Report of the Bombay Veterinary College
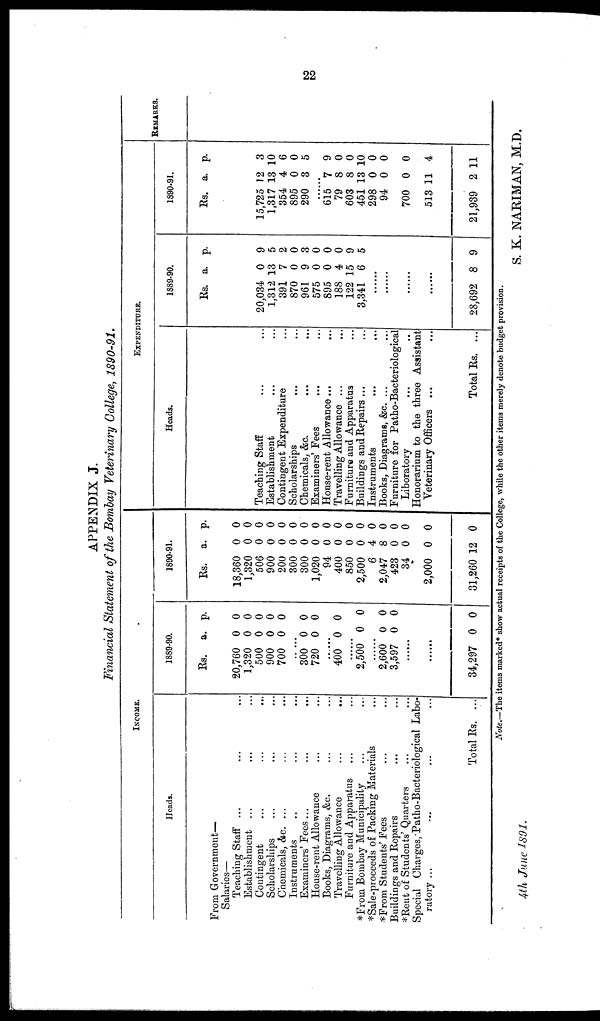
22
APPENDIX J.
Financial Statement of the Bombay Veterinary College, 1890-91.
INCOME.
Heads.
From Government—
Salaries—
Teaching Staff ... ... ...
Establishment ... ... ...
Contingent ... ... ...
Scholarships ... ... ...
Chemicals, &c. ... ... ...
Instruments ... ... ...
Examiners' Fees ...
...
...
House-rent Allowance ... ... ...
Books, Diagrams, &c. ... ... ...
Travelling Allowance
...
...
Furniture and Apparatus ... ...
*From Bombay Municipality ... ...
*Sale-proceeds of Packing Materials ...
*From Students' Fees ... ...
Buildings and Repairs ... ...
*Rent of Students' Quarters ... ...
Special Charges, Patho-Bacteriological Labo-
ratory ... ... ... ...
Total Rs. ...
1889-90.
Rs.
20,760
1,320
500
900
700
a.
0
0
0
0
0
p.
0
0
0
0
0
300
720
0
0
0
0
......
400 0
0
......
2,500 0
0
2,600
3,597
0
0
0
0
.......
......
34,297
0
0
1890-91.
Rs.
18,360
1,320
506
900
200
300
300
1,020
94
400
850
2,500
6
2,047
423
34
2,000
31,260
a.
0
0
0
0
0
0
0
0
0
0
0
0
4
8
0
0
0
12
p.
0
0
0
0
0
0
0
0
0
0
0
0
0
0
0
0
0
0
EXPENDITURE.
Heads.
Teaching Staff ...
Establishment ...
Contingent Expenditure
Scholarships ...
Chemicals, &c. ...
Examiners' Fees
...
House-rent Allowance...
Travelling Allowance ...
Furniture and Apparatus
Buildings and Repairs ...
Instruments
...
Books, Diagrams, &c. ...
...
...
...
...
...
...
...
...
...
...
...
...
Furniture for Patho-Bacteriological
Liboratory ...
Honorarium to the three
Veterinary Officers ...
...
Assistant
...
Total Rs. ...
1889-90.
Rs.
20,034
1,312
391
870
961
575
895
188
122
3,341
a.
0
13
7
0
9
0
0
4
15
6
p.
9
5
2
0
3
0
0
0
9
5
.......
.......
.......
.......
28,692 8 9
1890-91.
Rs.
15,725
1,317
354
895
290
......
615
79
603
451
298
94
700
513
21,939
a.
12
13
4
0
3
7
8
8
13
0
0
0
11
2
p.
3
10
6
0
5
9
0
0
10
0
0
0
4
11
REMARKS.
Note.—The items marked* show actual receipts of the College, while the other items merely denote budget provision.
4th June 1891.
S. K. NARIMAN, M.D.